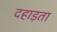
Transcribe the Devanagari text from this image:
दहाड़ता